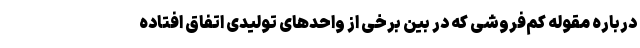
درباره مقوله کم‌فروشی که در بین برخی از واحدهای تولیدی اتفاق افتاده